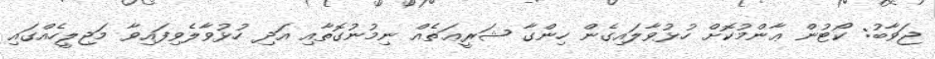
ޖަވާބު: ކޯޓުން ޢާންމުކޮށް ހުޅުވާލައިގެން ހިންގާ ޝަރީޢަތެއް ނިމުނުގޮތާއި އަދި ހުޅުވާލެވިފައިވާ މަޖިލީހެއްގައި